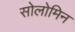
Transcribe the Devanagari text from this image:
सोलोमिन